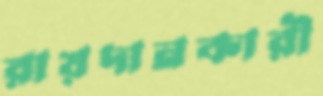
রায়দানকারী